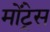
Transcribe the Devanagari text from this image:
मोंट्रेस